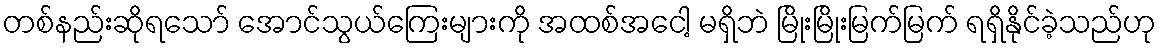
တစ်နည်းဆိုရသော် အောင်သွယ်ကြေးများကို အထစ်အငေါ့ မရှိဘဲ မြိုးမြိုးမြက်မြက် ရရှိနိုင်ခဲ့သည်ဟု